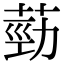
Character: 葝